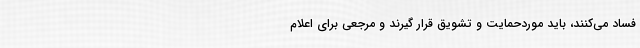
فساد می‌کنند، باید موردحمایت و تشویق قرار گیرند و مرجعی برای اعلام